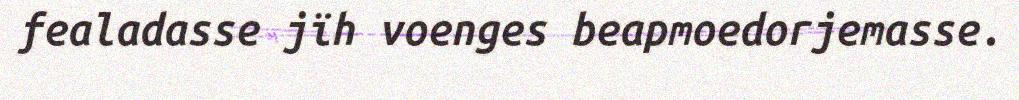
fealadasse jïh voenges beapmoedorjemasse.